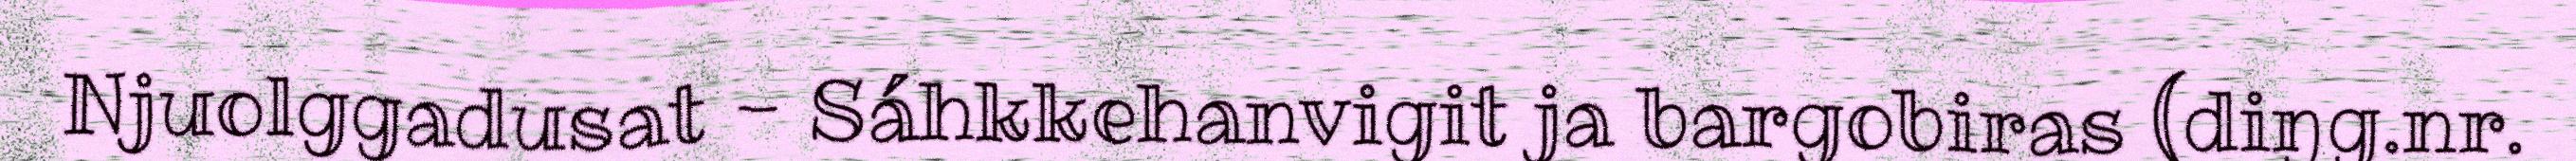
Njuolggadusat - Sáhkkehanvigit ja bargobiras (diŋg.nr.